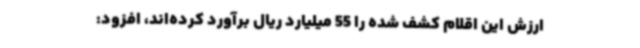
ارزش این اقلام کشف شده را 55 میلیارد ریال برآورد کرده‌اند، افزود: